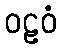
ဝဠဝံ